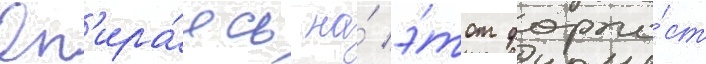
Оп'ира́ясь на́ э́тот форпо́ст